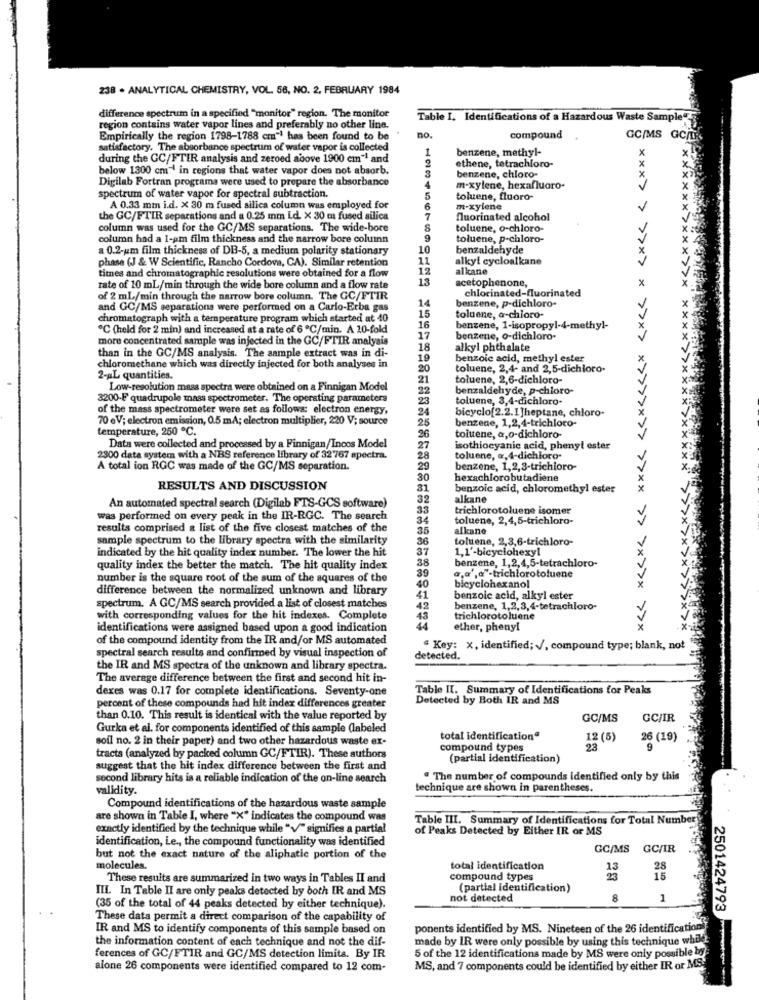
238 . ANALYTICAL CHEMISTRY, VOL. 56, NO. 2, FEBRUARY 1984
difference spectrum in a specified "monitor" region. The monitor
Table I. Identifications of a Hazardous Waste Sample"5.
region contains water vapor lines and preferably no other line.
Empirically the region 1798-1788 cm"! has been found to be
no.
compound
GC/MS GC/TE
satisfactory. The absorbance spectrum of water vapor is collected
benzene, methyl-
during the GC/FTIR analysis and zeroed above 1900 cm"! and
below 1300 cm ' in regions that water vapor does not absorb.
ethene, tetrachloro-
benzene, chloro-
Digilab Fortran programa were used to prepare the absorbance
m-xylene, hexafluoro.
*XX>
spectrum of water vapor for spectral subtraction.
toluene, fluoro-
A 0.33 mm i.d. x 30 m fused silica column was employed for
m-xylene
the GC/FTIR separations and a 0.25 mm Ld. X 30 m fused silica
fluorinated alcohol
column was used for the GC/MS separations. The wide-bore
toluene, o-chloro-
column had a 1-am film thickness and the narrow bore column
9
toluene, p-chloro-
a 0.2-um film thickness of DB-5, a medium polarity stationary
10
benzaldehyde
phase (J & W Scientific, Rancho Cordova, CA). Similar retention
11
alkyl cycloalkane
titnes and chromatographic resolutions were obtained for a flow
12
alkane
13
acetophenone,
rate of 10 mL/min through the wide bore column and a flow rate
chlorinated-fluorinated
of 2 mL/min through the narrow bore column. The GC/FTIR
14
benzene, p-dichloro-
and GC/MS separations were performed on a Carlo-Erba gas
15
chromatograph with a temperature program which started at 40
toluene, a-chloro-
XX
℃ (held for 2 min) and increased at a rate of 6 ℃/min. A 10-fold
16
benzene, 1-isopropyl-4-methyl-
more concentrated sample was injected in the GC/FTIR analysis
17
benzene, o-dichloro-
18
alkyl phthalate
than in the GC/MS analysis. The sample extract was in di-
19
benzoic acid, methyl ester
chloromethane which was directly injected for both analyses in
20
toluene, 2,4- and 2,5-dichloro.
2-AL quantities.
21
toluene, 2,6-dichloro-
Low-resolution mass spectra were obtained on a Finnigan Model
22
benzaldehyde, p-chloro-
3200-F quadrupole mass spectrometer. The operating parameters
23
toluene, 3,4-dichloro-
of the mass spectrometer were set as follows: electron energy,
24
bicyclo[2.2.1 ]heptane, chloro-
70 eV; electron emission, 0.5 mA; electron multiplier, 220 V; source
25
benzene, 1,2,4-trichloro-
temperature, 250 ℃.
26
toluene, a,o-dichloro-
Data were collected and processed by a Finnigan/Incos Model
27
isothiocyanic acid, phenyl ester
2300 data system with a NBS reference library of 32767 spectra.
28
toluene, «, 4-dichloro-
A total ion RGC was made of the GC/MS separation.
29
benzene, 1,2,3-trichioro-
30
hexachlorobutadiene
RESULTS AND DISCUSSION
81
benzoic acid, chloromethyl ester
32
alkane
An automated spectral search (Digilab FTS-GCS software)
33
trichlorotoluene isomer
was performed on every peak in the IR-RGC. The search
34
toluene, 2,4,5-trichloro-
results comprised a list of the five closest matches of the
35
alkane
sample spectrum to the library spectra with the similarity
36
toluene, 2,3,6-trichloro-
indicated by the hit quality index number. The lower the hit
37
1,1'-bicyclohexyl
38
benzene, 1,2,4,5-tetrachloro-
quality index the better the match. The hit quality index
39
number is the square root of the sum of the squares of the
a.a',a"-trichlorotoluene
bicyclohexanol
difference between the normalized unknown and library
40
41
benzoic acid, alkyl ester
spectrum. A GC/MS search provided a list of closest matches
42
benzene, 1,2,3,4-tetrachloro-
with corresponding values for the hit indexes. Complete
43
trichlorotoluene
identifications were assigned based upon a good indication
44
ether, phenyl
> ><> < ><> >>>>>>>> >>>> >> >>>>> >>>x
of the compound identity from the IR and/or MS automated
spectral search results and confirmed by visual inspection of
" Key: x, identified; /, compound type; blank, not
detected.
the IR and MS spectra of the unknown and library spectra.
The average difference between the first and second hit in-
deres was 0.17 for complete identifications. Seventy-one
Table II. Summary of Identifications for Peaks
Detected by Both IR and MS
percent of these compounds had hit index differences greater
than 0.10. This result is identical with the value reported by
GC/MS
GC/IR
Gurka et al. for components identified of this sample (labeled
soil no. 2 in their paper) and two other hazardous waste ex-
total identification"
12 (5)
26 (19)
compound types
23
tracts (analyzed by packed column GC/FTIR). These authors
(partial identification)
suggest that the hit index difference between the first and
second library hits is a reliable indication of the on-line search
. The number of compounds identified only by this
validity.
technique are shown in parentheses.
Compound identifications of the hazardous waste sample
are shown in Table I, where "X" indicates the compound was
Table III. Summary of Identifications for Total Number
exactly identified by the technique while "V" signifies a partial
of Peaks Detected by Either IR or MS
identification, Le ., the compound functionality was identified
GC/MS
GC/IR
but not the exact nature of the aliphatic portion of the
molecules.
total identification
13
28
These results are summarized in two ways in Tables II and
compound types
23
15
IIL In Table II are only peaks detected by both IR and MS
(partial Identification)
not detected
8
1
(35 of the total of 44 peaks detected by either technique).
These data permit a direct comparison of the capability of
IR and MS to identify components of this sample based on
ponents identified by MS. Nineteen of the 26 identification
the information content of each technique and not the dif-
made by IR were only possible by using this technique while
ferences of GC/FTIR and GC/MS detection limits. By IR
5 of the 12 identifications made by MS were only possible by
alone 26 components were identified compared to 12 com-
MS, and 7 components could be identified by either IR or MS.
2501424793